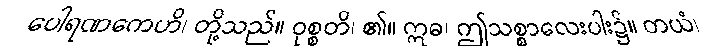
ပေါရဏကေဟိ၊ တို့သည်။ ဝုစ္စတိ၊ ၏။ ဣဓ၊ ဤသစ္စာလေးပါး၌။ တယံ၊